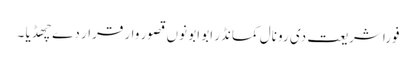
فورا شریعت دی رو نال کمانڈر ابو ابو نوں قصور وار قرار دے چھڈیا ۔